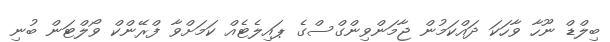
ބިލްޑް ނޫހާ ވާހަކަ ދައްކަމުން ޖާމަންވިންގްސްގެ ޕައިލެޓެއް ކަމަށްވާ ފްރޭންކް ވޯލްޓަން ބުނި